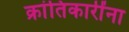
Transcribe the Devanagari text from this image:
क्रांतिकारींना